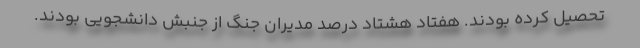
تحصیل کرده بودند. هفتاد هشتاد درصد مدیران جنگ از جنبش دانشجویی بودند.